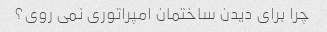
چرا برای دیدن ساختمان امپراتوری نمی روی؟